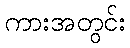
ကားအတွင်း